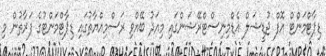
ޑިޕާޓްމަންޓް އޮފް ޖުޑީޝަލް އެޑްމިނިސްޓްރޭޝަންގައި މިއަދު ބޭއްވި ރަސްމިއްޔާތުގައި ޑިޕާޓްމަންޓުގެ ފަރާތުން މި